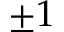
\pm 1